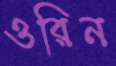
ওরিন